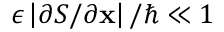
\epsilon \left| \partial S / \partial \mathbf { x } \right| / \hbar \ll 1